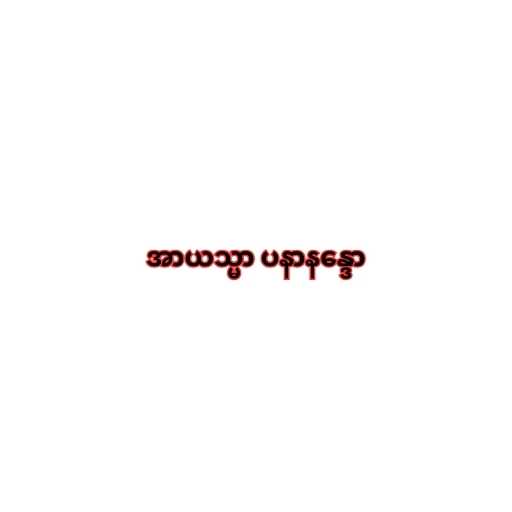
အာယသ္မာ ပနာနန္ဒော